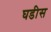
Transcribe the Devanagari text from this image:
घडीस